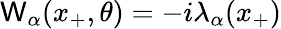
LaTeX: \mathsf{W}_{\alpha}(x_{+},\theta)=-i\lambda_{\alpha}(x_{+})